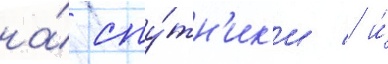
на́ спу́тн'ик'и / и́